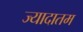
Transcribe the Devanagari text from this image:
ज्यादातम